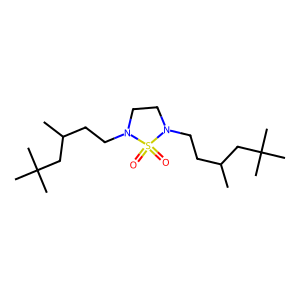
SMILES: CC(CCN1CCN(CCC(C)CC(C)(C)C)S1(=O)=O)CC(C)(C)C
Inhibits HIV replication: No